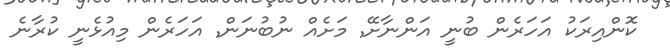
ކޮންއިރަކު އަހަރެން ބުނީ އަންނާށޭ